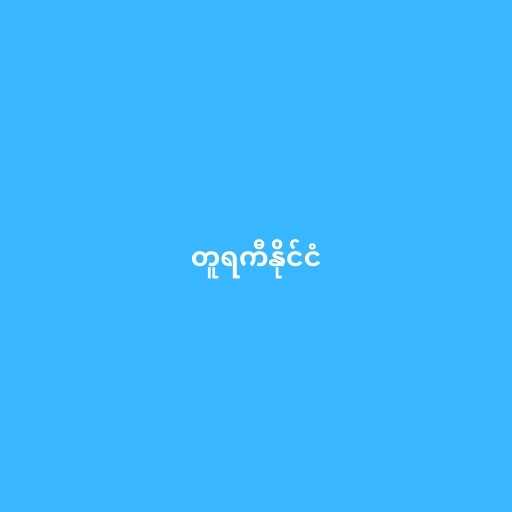
တူရကီနိုင်ငံ